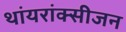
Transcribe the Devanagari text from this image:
थांयरांक्सीजन